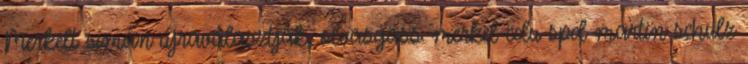
Merkelt simán újraválasztják, olvasgass: merkel cdu spd martin schulz